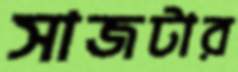
সাজটার